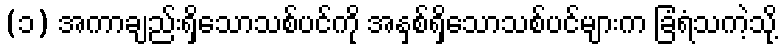
(၁) အကာချည်းရှိသောသစ်ပင်ကို အနှစ်ရှိသောသစ်ပင်များက ခြံရံသကဲ့သို့